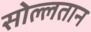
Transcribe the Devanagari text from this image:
सोल्लतान